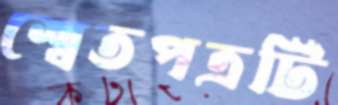
শ্বেতপত্রটি